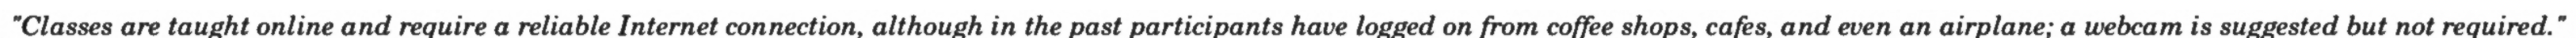
"Classes are taught online and require a reliable Internet connection, although in the past participants have logged on from coffee shops, cafes, and even an airplane; a webcam is suggested but not required."